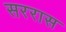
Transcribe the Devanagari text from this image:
सररास